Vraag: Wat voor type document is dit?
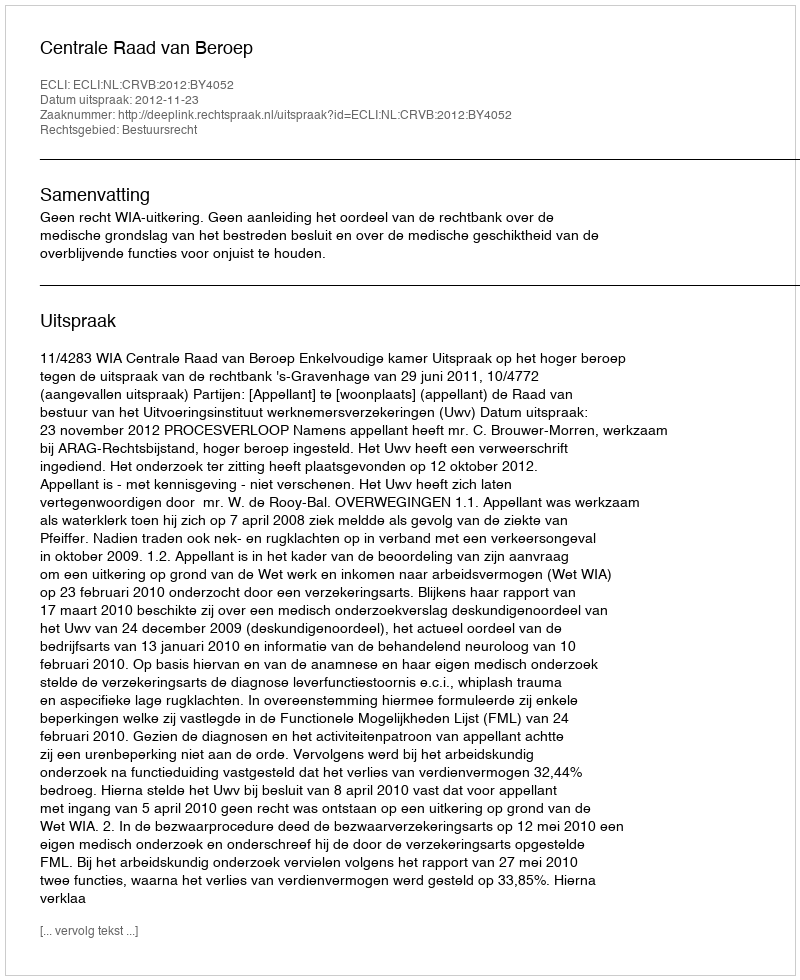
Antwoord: Uitspraak